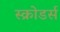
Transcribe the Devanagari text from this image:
स्क्रोडर्स